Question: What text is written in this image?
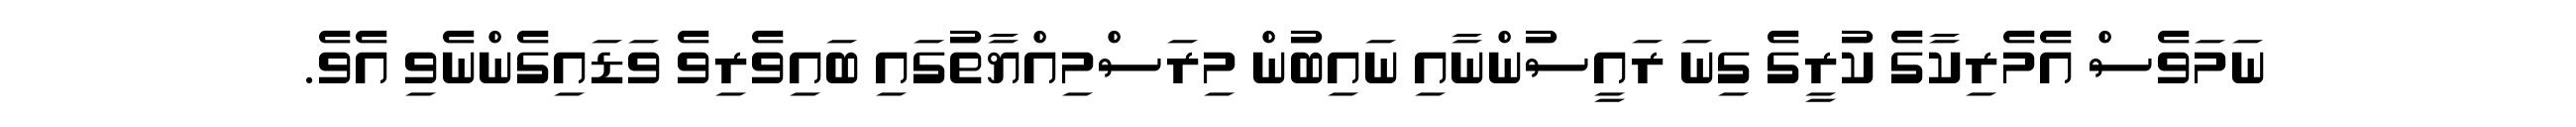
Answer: ނަމަވެސް އެމެރިކާގެ ކުރީގެ ގިނަ ރައީސުންނާއި ނައިބުން މިރަސްމިއްޔާތުގައި ބައިވެރިވެ ވަޑައިގެންނެވި އެވެ.